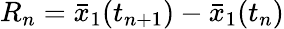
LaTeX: R_{n}=\bar{x}_{1}(t_{n+1})-\bar{x}_{1}(t_{n})